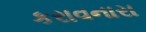
કરાવનારા